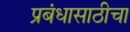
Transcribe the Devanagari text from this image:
प्रबंधासाठीचा